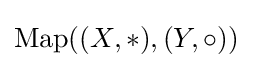
\operatorname {Map} ((X,*),(Y,\circ ))